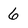
Character: 6